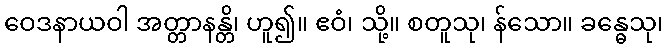
ဝေဒနာယဝါ အတ္တာနန္တိ၊ ဟူ၍။ ဧဝံ၊ သို့။ စတူသု၊ န်သော။ ခန္ဓေသု၊